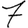
Digit: 7